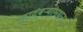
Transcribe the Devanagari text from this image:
कादंबऱ्यांमधून